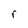
Character: r